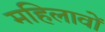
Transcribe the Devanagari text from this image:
महिलावों